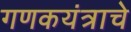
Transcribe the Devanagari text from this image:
गणकयंत्राचे